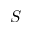
S